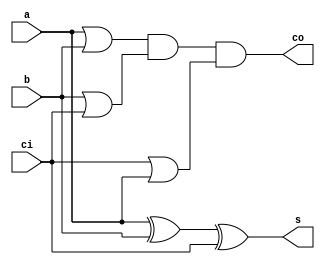
// 1-bit Adder 
module adder(s, co, a, b, ci);

   output s, co;	//Outputs of Sum and Carry Out
   input  a, b, ci;	//Inputs of A, b and Carry In
   
   wire   o0, o1, o2;	//Internal wiring
   	
   xor(s, a, b, ci);	//Calculation of Sum
   
   or(o0, a, b);	//Calculation of Carry Out
   or(o1, b, ci);
   or(o2, ci, a);
   and(co, o0, o1, o2);
   
endmodule // adder

//7-bit adder used in the final calculation after the 3:2 adders have done there thing
module adder7(s, co, a, b, ci);
   
   output [6:0] s;	//7-bit Sum output
   output co;		//Output bit of Carry out
   
   input [6:0] 	a, b;	//7-bit Input A and B
   input ci;			//Input bit of Carry in
   
   wire 	c1, c2, c3, c4, c5, c6;	

   adder a0(s[0], c1, a[0], b[0], ci);	
   adder a1(s[1], c2, a[1], b[1], c1);	
   adder a2(s[2], c3, a[2], b[2], c2);
   adder a3(s[3], c4, a[3], b[3], c3);
   adder a4(s[4], c5, a[4], b[4], c4);
   adder a5(s[5], c6, a[5], b[5], c5);
   adder a6(s[6], co, a[6], b[6], c6);
   
endmodule // adder8

//4:2 adder with all inputs and outputs 7-bit wide
module adder4_2(s, co, a, b, c, d);
   
   output [6:0] s,co;	//7-bit Sum output and 7-bit carry in where co[0] = 0 (Carry In will be added in later)
   input [6:0] 	a, b, c, d ;	//7-bit Input A, B, C, D

   wire [6:0] ts;
   wire [6:0] tc;
   wire c1,c2;//crap 1 and 2
  
  assign co[0] = 0;
  assign tc[0] = 0;
  
   adder s00(ts[0],tc[1],a[0],b[0],c[0]);
   adder s01(ts[1],tc[2],a[1],b[1],c[1]);
   adder s02(ts[2],tc[3],a[2],b[2],c[2]);
   adder s03(ts[3],tc[4],a[3],b[3],c[3]);
   adder s04(ts[4],tc[5],a[4],b[4],c[4]);
   adder s05(ts[5],tc[6],a[5],b[5],c[5]);
   adder s06(ts[6],c1,   a[6],b[6],c[6]);
     
   adder s10(s[0],co[1],ts[0],d[0],tc[0]);
   adder s11(s[1],co[2],ts[1],d[1],tc[1]);
   adder s12(s[2],co[3],ts[2],d[2],tc[2]);
   adder s13(s[3],co[4],ts[3],d[3],tc[3]);
   adder s14(s[4],co[5],ts[4],d[4],tc[4]);
   adder s15(s[5],co[6],ts[5],d[5],tc[5]);
   adder s16(s[6],c2,  ts[6],d[6],tc[6]);
     
endmodule // adder8

//7-operand adder utilizing the 3:2 adders
module adder_tree(s, co, a, b, c, d, e, f, g, h, ci);

	output [6:0] s;
	output co;
	input  [6:0] a, b, c, d, e, f, g, h;
	input ci; 

	wire [6:0] ts1, ts2, ts3;
	wire [6:0] tc1, tc2, tc3;
	
	//3:2 adders in linear fashion
	adder4_2 a1(ts1, tc1, a, b, c, d);
	adder4_2 a2(ts2, tc2, e, f, g, h);
	adder4_2 a3(ts3, tc3, ts1, tc1, ts2, tc2);

	adder7 a4(s, co, ts3, tc3, ci);		//normal FA implementation, adds in ci 

endmodule //7-operand adder